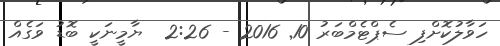
ހަވާލުކޮށްފި ސެޕްޓެމްބަރު 10